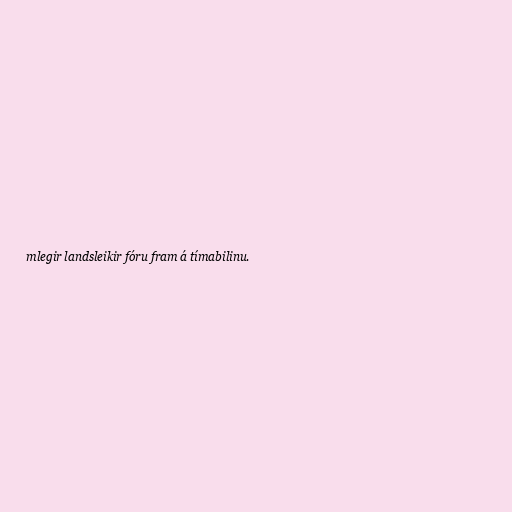
mlegir landsleikir fóru fram á tímabilinu.